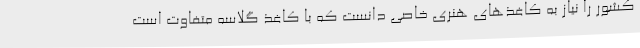
کشور را نیاز به کاغذهای هنری خاصی دانست که با کاغذ گلاسه متفاوت است